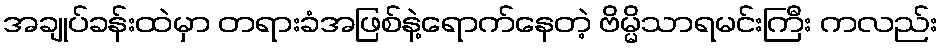
အချုပ်ခန်းထဲမှာ တရားခံအဖြစ်နဲ့ရောက်နေတဲ့ ဗိမ္မိသာရမင်းကြီး ကလည်း